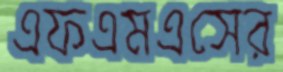
এফএমএসের